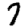
Digit: 7